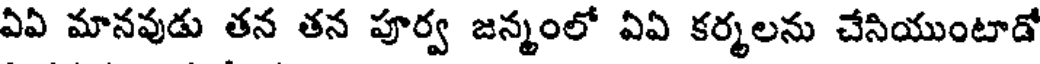
ఏఏ మానవుడు తన తన పూర్వ జన్మంలో ఏఏ కర్మలను చేసియుంటాడో